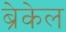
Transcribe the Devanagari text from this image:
ब्रेकेल